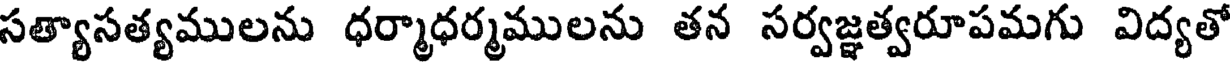
సత్యాసత్యములను ధర్మాధర్మములను తన సర్వజ్ఞత్వరూపమగు విద్యతో